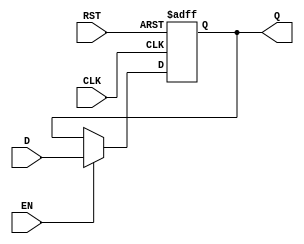
`timescale 1ns / 1ps

module d_flip_flop(
    input D,
    input EN,
    input RST,
    input CLK,
	 output reg Q
    );

	always @ (posedge CLK or posedge RST)
		if (RST)
			Q <= 0;
		else if (EN)
			Q <= D;
endmodule

`timescale 1ns / 1ps

module flip_flop_8bit(

	input [7:0] IN,
	input RST,
	input EN,
	input CLK,
   output wire [7:0] Q
	);
	
	d_flip_flop register0 (
		.D(IN[0]),
		.EN(EN),
		.RST(RST),
		.CLK(CLK),
		.Q(Q[0]));
	
	d_flip_flop register1 (
		.D(IN[1]),
		.EN(EN),
		.RST(RST),
		.CLK(CLK),
		.Q(Q[1]));
		
	d_flip_flop register2 (
		.D(IN[2]),
		.EN(EN),
		.RST(RST),
		.CLK(CLK),
		.Q(Q[2]));
		
	d_flip_flop register3 (
		.D(IN[3]),
		.EN(EN),
		.RST(RST),
		.CLK(CLK),
		.Q(Q[3]));
		
	d_flip_flop register4 (
		.D(IN[4]),
		.EN(EN),
		.RST(RST),
		.CLK(CLK),
		.Q(Q[4]));
		
	d_flip_flop register5 (
		.D(IN[5]),
		.EN(EN),
		.RST(RST),
		.CLK(CLK),
		.Q(Q[5]));
		
	d_flip_flop register6 (
		.D(IN[6]),
		.EN(EN),
		.RST(RST),
		.CLK(CLK),
		.Q(Q[6]));
		
	d_flip_flop register7 (
		.D(IN[7]),
		.EN(EN),
		.RST(RST),
		.CLK(CLK),
		.Q(Q[7]));

endmodule

`timescale 1ns / 1ps

module add(
    input [15:0] IN,
	 output reg [15:0] OUT);
	 
	always @(*)
		OUT = IN + 1;

endmodule

`timescale 1ns / 1ps

module hex_bcd_decoder(
	 input a,
	 input b,
	 input c,
	 input d,
	 output [6:0] Q);
	 
	assign Q[6] = ~(~(a & ~b & ~c) & ~(a & ~d) & ~(~a & b & d) & ~(~a & c) & ~(b & c) & ~(~b & ~d));
	assign Q[5] = ~(~(a & ~c & d) & ~(~a & ~b) & ~(~a & c & d) & ~(~a & ~c & ~d) & ~(~b & ~d));
	assign Q[4] = ~(~(a & ~b) & ~(~a & b) & ~(~b & ~c) & ~(~b & d) & ~(~c & d));
	assign Q[3] = ~(~(a & ~c) & ~(~a & ~b & ~d) & ~(b & c & ~d) & ~(b & ~c & d) & ~(~b & c & d));
	assign Q[2] = ~(~(a & b) & ~(a & c) & ~(~b & ~d) & ~(c & ~d));
	assign Q[1] = ~(~(a & ~b) & ~(a & c) & ~(~a & b & ~c) & ~(b & ~d) & ~(~c & ~d));
	assign Q[0] = ~(~(a & ~b) & ~(a & d) & ~(~a & b & ~c) & ~(~b & c) & ~(c & ~d));
	
endmodule